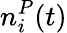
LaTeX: n_{i}^{P}(t)